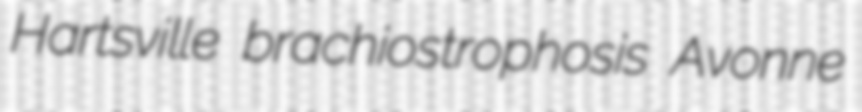
Hartsville brachiostrophosis Avonne